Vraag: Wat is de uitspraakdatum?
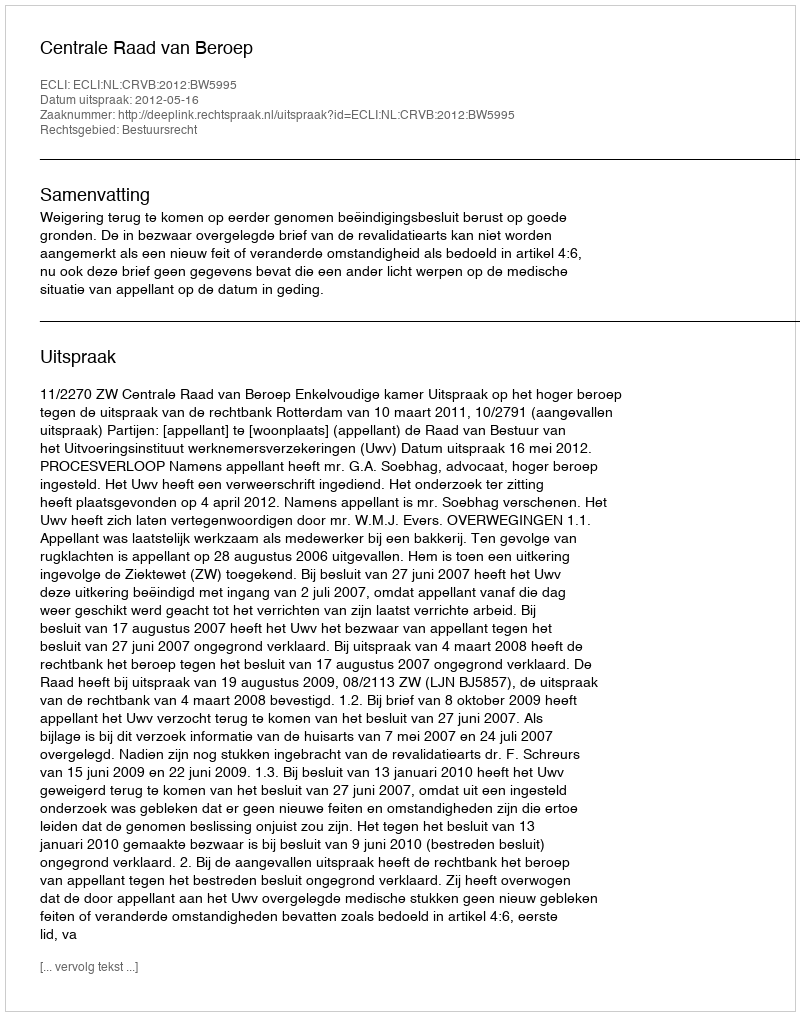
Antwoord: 2012-05-16